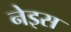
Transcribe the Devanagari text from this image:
नेइस